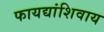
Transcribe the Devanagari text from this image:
फायद्यांशिवाय